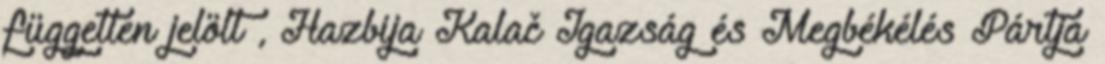
független jelölt , Hazbija Kalač Igazság és Megbékélés Pártja